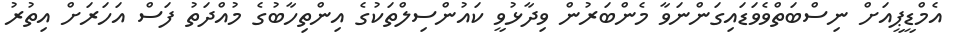
އެމްޑީޕީއަށް ނިސްބަތްވެވަޑައިގަންނަވާ މެންބަރުން ވިދާޅުވީ ކައުންސިލްތަކުގެ އިންތިހާބުގެ މުއްދަތު ފަސް އަހަރަށް އިތުރު